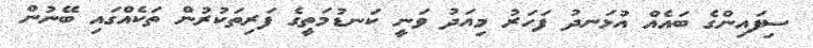
ސިފައިންގެ ބައެއް އުޅަނދު ފަހަރު މިއަދު ވަނީ ކަނޑުމަތީގެ ފަރިތަކުރުން ތަކެއްގައި ބޭނުން